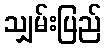
သျှမ်းပြည်